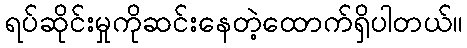
ရပ်ဆိုင်းမှုကိုဆင်းနေတဲ့ထောက်ရှိပါတယ်။